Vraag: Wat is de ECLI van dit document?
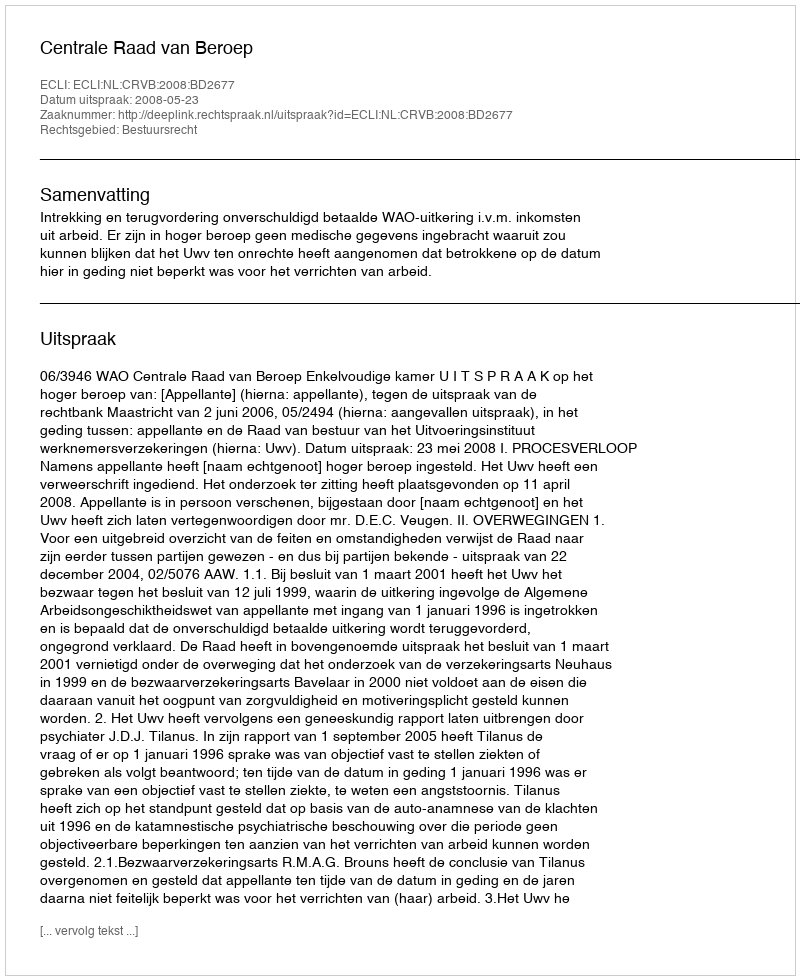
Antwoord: ECLI:NL:CRVB:2008:BD2677